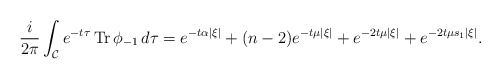
\begin{align*} \frac{i}{2\pi}\int_{\mathcal{C}}e^{-t\tau}\operatorname{Tr}\phi_{-1}\,d\tau = e^{-t\alpha |\xi|}+(n-2)e^{-t\mu|\xi|}+e^{-2t\mu|\xi|}+e^{-2t\mu s_1|\xi|}.\end{align*}